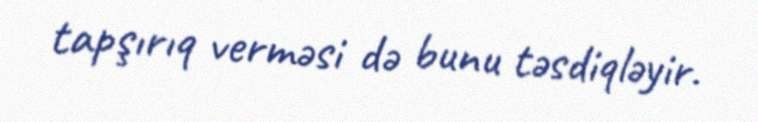
tapşırıq verməsi də bunu təsdiqləyir.